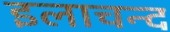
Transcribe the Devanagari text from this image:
इलाचन्द